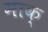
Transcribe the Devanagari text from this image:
माक्